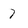
Character: 7